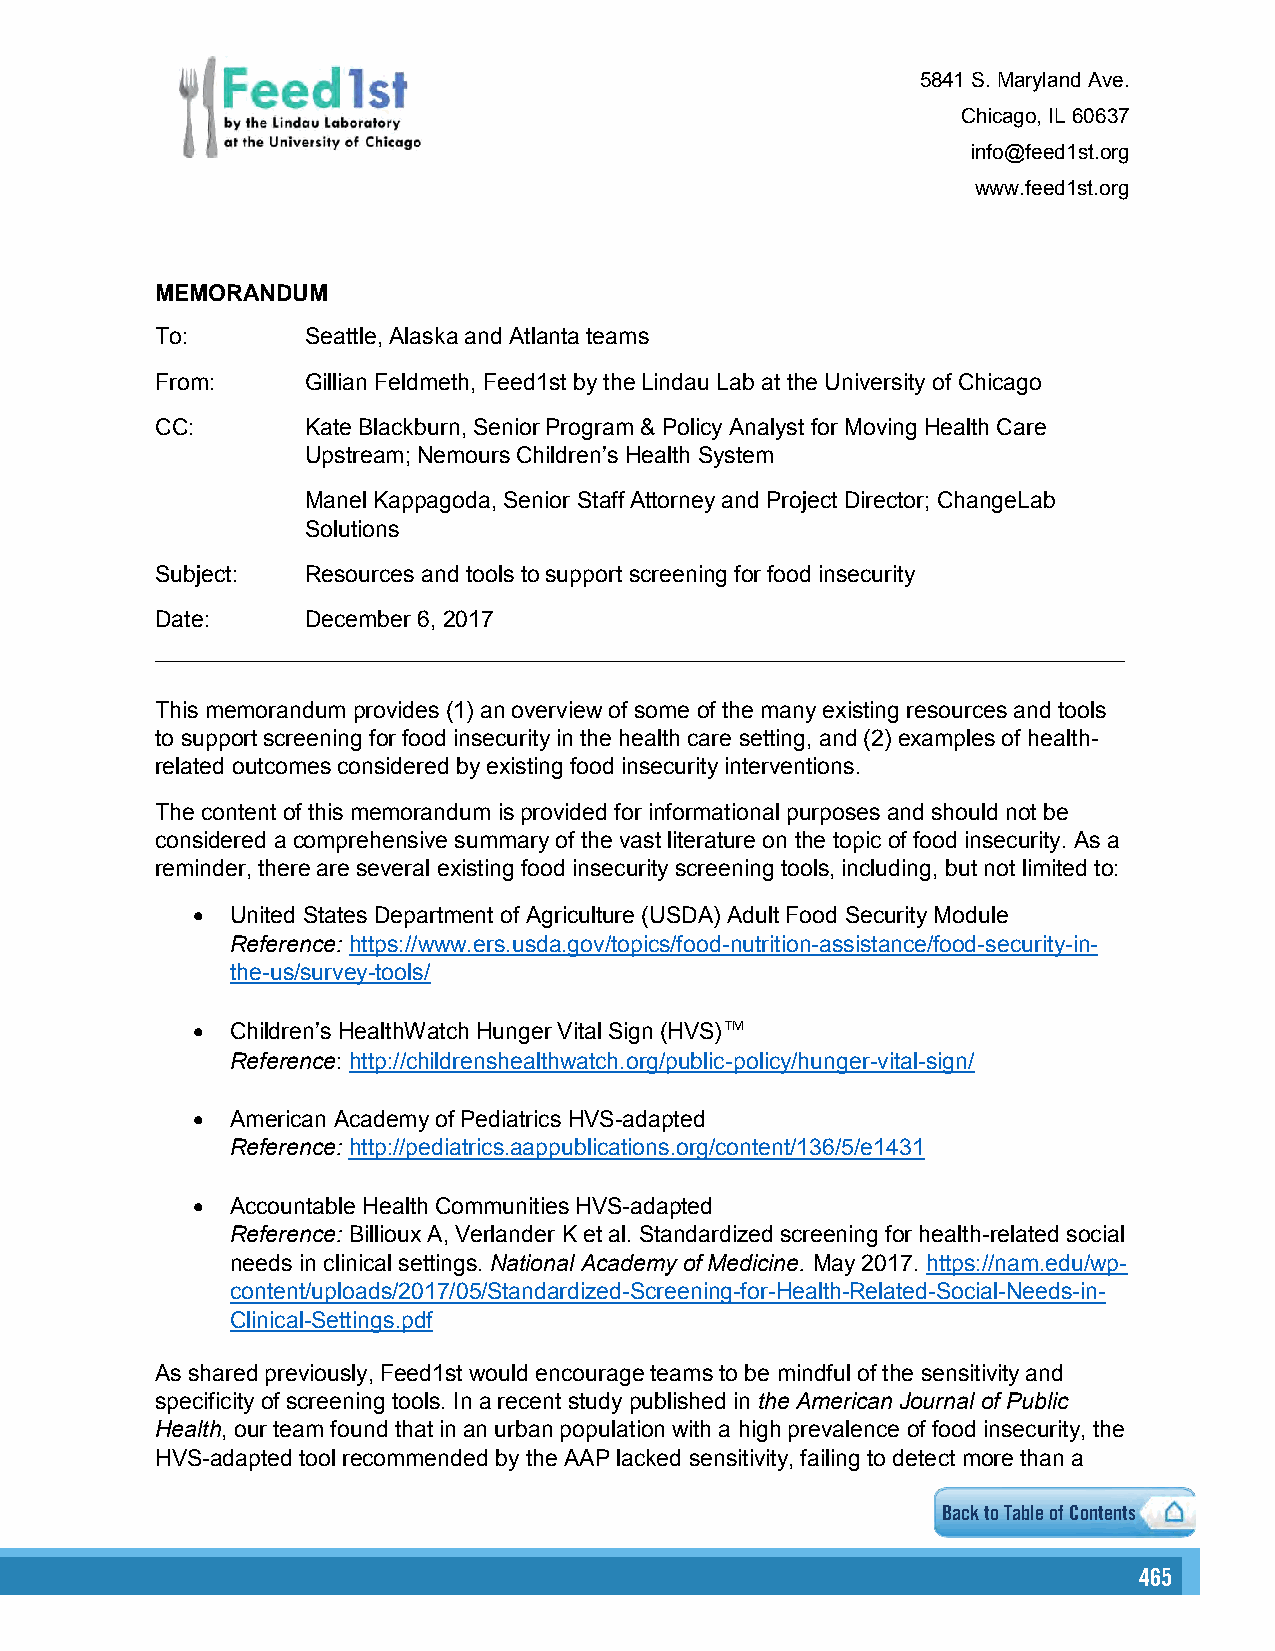
5841 S. Maryland Ave.
 Chicago, IL 60637
 info@feed1st.org
 www.feed1st.org
 MEMORANDUM
 To:       Seattle, Alaska and Atlanta teams
 From:     Gillian Feldmeth, Feed1st by the Lindau Lab at the University of Chicago
 CC:       Kate Blackburn, Senior Program & Policy Analyst for Moving Health Care
 Upstream; Nemours Children’s Health System
 Manel Kappagoda, Senior Staff Attorney and Project Director; ChangeLab
 Solutions
 Subject:  Resources and tools to support screening for food insecurity
 Date:     December 6, 2017
 This memorandum provides (1) an overview of some of the many existing resources and tools
 to support screening for food insecurity in the health care setting, and (2) examples of health-
 related outcomes considered by existing food insecurity interventions.
 The content of this memorandum is provided for informational purposes and should not be
 considered a comprehensive summary of the vast literature on the topic of food insecurity. As a
 reminder, there are several existing food insecurity screening tools, including, but not limited to:
  United States Department of Agriculture (USDA) Adult Food Security Module
 Reference: https://www.ers.usda.gov/topics/food-nutrition-assistance/food-security-in-
 the-us/survey-tools/
  Children’s HealthWatch Hunger Vital Sign (HVS) TM
 Reference: http://childrenshealthwatch.org/public-policy/hunger-vital-sign/
  American Academy of Pediatrics HVS-adapted
 Reference: http://pediatrics.aappublications.org/content/136/5/e1431
  Accountable Health Communities HVS-adapted
 Reference: Billioux A, Verlander K et al. Standardized screening for health-related social
 needs in clinical settings. National Academy of Medicine. May 2017. https://nam.edu/wp-
 content/uploads/2017/05/Standardized-Screening-for-Health-Related-Social-Needs-in-
 Clinical-Settings.pdf
 As shared previously, Feed1st would encourage teams to be mindful of the sensitivity and
 specificity of screening tools. In a recent study published in the American Journal of Public
 Health, our team found that in an urban population with a high prevalence of food insecurity, the
 HVS-adapted tool recommended by the AAP lacked sensitivity, failing to detect more than a
 Back to Table of Contents
 465